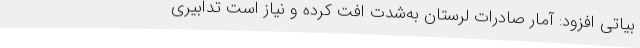
بیاتی افزود: آمار صادرات لرستان به‌شدت افت کرده و نیاز است تدابیری